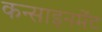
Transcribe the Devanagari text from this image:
कन्साइनमेंट